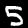
Label: 5